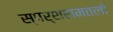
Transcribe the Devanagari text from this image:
स्पर्शसमतलों